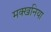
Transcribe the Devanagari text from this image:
मक्खनिया